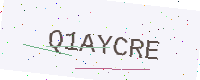
Text: Q1AYCRE